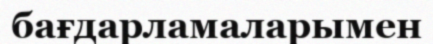
бағдарламаларымен